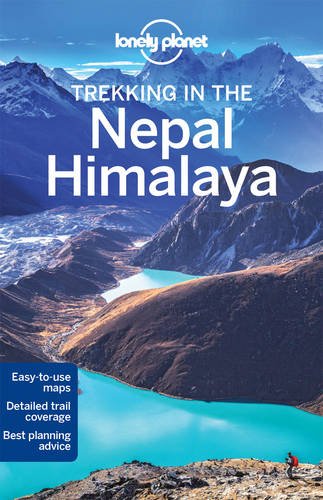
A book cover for Lonely Planet Trekking in the Nepal Himalaya (Travel Guide); Lonely Planet; Travel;